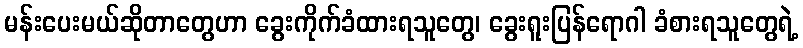
မန်းပေးမယ်ဆိုတာတွေဟာ ခွေးကိုက်ခံထားရသူတွေ၊ ခွေးရူးပြန်ရောဂါ ခံစားရသူတွေရဲ့